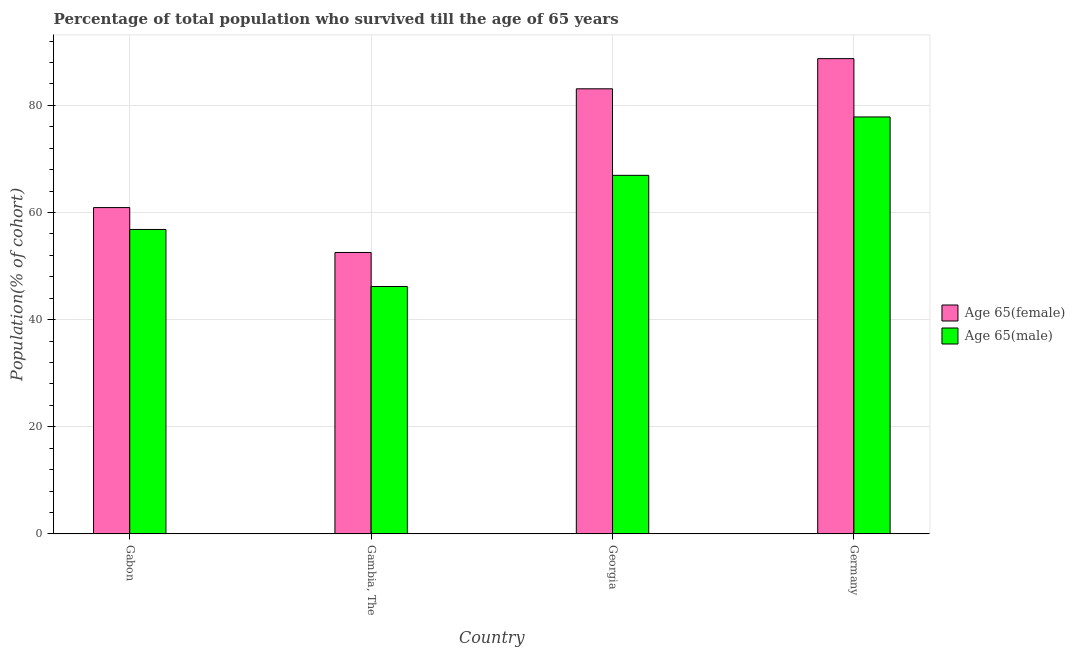
| Country | Age 65(female) | Age 65(male) |
 | --- | --- | --- |
 | Gabon | 60.9 | 56.8 |
 | Gambia, The | 52.5 | 46.2 |
 | Georgia | 83.1 | 66.9 |
 | Germany | 88.7 | 77.8 |